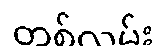
တစ်လမ်း